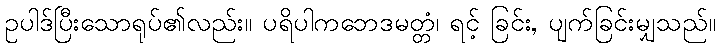
ဥပါဒ်ပြီးသောရုပ်၏လည်း။ ပရိပါကဘေဒမတ္တံ၊ ရင့် ခြင်း, ပျက်ခြင်းမျှသည်။